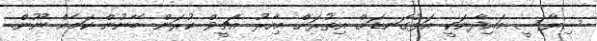
ސިޔާސީ މައިދާނަކީ އަޅުގަނޑަށް އިތުރަށް މިހާރު އެޗީވް ކުރަން ބޭނުން ކަމެއް ނޫން.